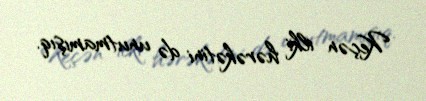
Keçən ilki hərəkətini də unutmamışıq.